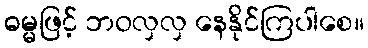
ဓမ္မဖြင့် ဘဝလှလှ နေနိုင်ကြပါစေ။